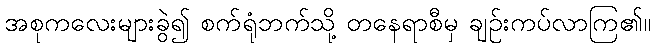
အစုကလေးများခွဲ၍ စက်ရုံဘက်သို့ တနေရာစီမှ ချဉ်းကပ်လာကြ၏။